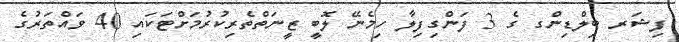
ފިޝަރ ބިލްޑިންގ ގެ 3 ފަންގިފިލާ ހިމެނޭ ލޮބީ ޒީނަތްތެރިކުރުމަށްޓަކައި 40 ވައްތަރުގެ